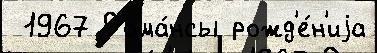
 1967 Рома́нсы рожд'е́н'иjа